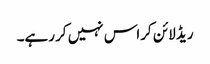
ریڈ لائن کراس نہیں کر رہے۔